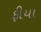
ફીયા